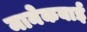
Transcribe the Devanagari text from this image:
मानेकबाई